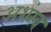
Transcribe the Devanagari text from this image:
अशंख